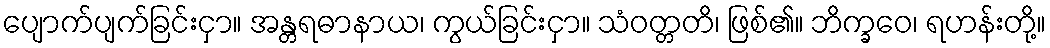
ပျောက်ပျက်ခြင်းငှာ။ အန္တရဓာနာယ၊ ကွယ်ခြင်းငှာ။ သံဝတ္တတိ၊ ဖြစ်၏။ ဘိက္ခဝေ၊ ရဟန်းတို့။